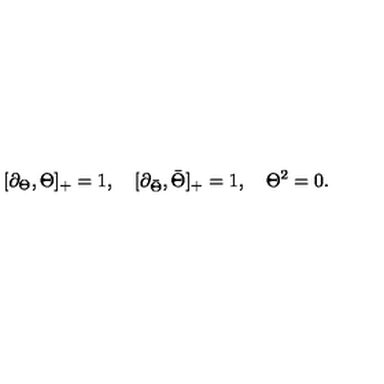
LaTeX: [ \partial _ { \Theta } , \Theta ] _ { + } = 1 , \quad [ \partial _ { \bar { \Theta } } , \bar { \Theta } ] _ { + } = 1 , \quad \Theta ^ { 2 } = 0 .